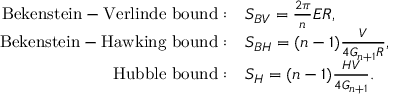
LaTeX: \begin{array} { r l } { { \mathrm { B e k e n s t e i n - V e r l i n d e ~ b o u n d } : } } & { { S _ { B V } = \frac { 2 \pi } { n } E { \cal R } , } } \\ { { \mathrm { B e k e n s t e i n - H a w k i n g ~ b o u n d } : } } & { { S _ { B H } = ( n - 1 ) \frac { V } { 4 G _ { n + 1 } { \cal R } } , } } \\ { { \mathrm { H u b b l e ~ b o u n d } : } } & { { S _ { H } = ( n - 1 ) \frac { H V } { 4 G _ { n + 1 } } . } } \end{array}